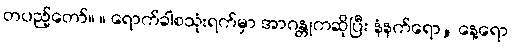
တပည့်တော်။ ။ ရောက်ခါစသုံးရက်မှာ အာဂန္တုကဆိုပြီး နံနက်ရော, နေ့ရော